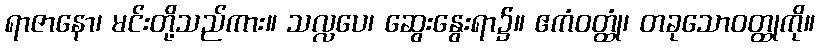
ရာဇာနော၊ မင်းတို့သည်ကား။ သလ္လပေ၊ ဆွေးနွေးရာ၌။ ဧကံဝတ္ထုံ၊ တခုသောဝတ္ထုကို။